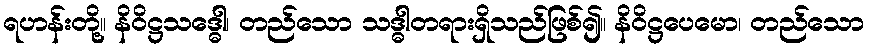
ရဟန်းတို့။ နိဝိဋ္ဌသဒ္ဓေါ၊ တည်သော သဒ္ဓါတရားရှိသည်ဖြစ်၍။ နိဝိဋ္ဌပေမော၊ တည်သော